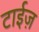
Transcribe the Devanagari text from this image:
टाईज़